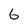
Character: 6